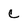
Character: c